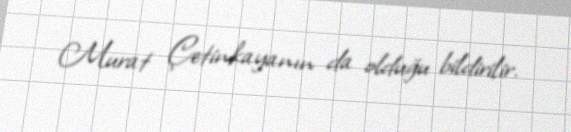
Murat Çetinkayanın da olduğu bildirilir.